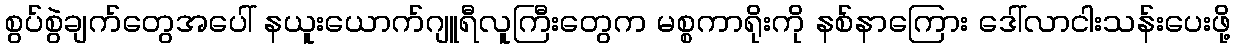
စွပ်စွဲချက်တွေအပေါ် နယူးယောက်ဂျူရီလူကြီးတွေက မစ္စကာရိုးကို နစ်နာကြေား ဒေါ်လာငါးသန်းပေးဖို့